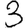
Digit: 3